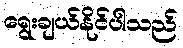
ရွေးချယ်နိုင်ပါသည်